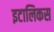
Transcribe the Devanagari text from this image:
इटालिकस